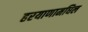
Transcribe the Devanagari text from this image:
हरयाणामधिल